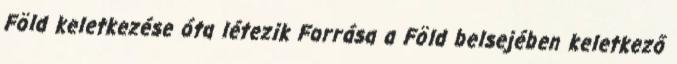
Föld keletkezése óta létezik Forrása a Föld belsejében keletkező